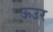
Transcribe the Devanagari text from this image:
ऊउर